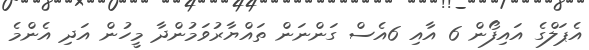
އެޕަލްގެ އައިފޯން 6 އާއި 6އެސް ގަންނަން ތައްޔާރުވަމުންދާ މީހުން އަދި އެންމެ